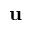
\mathbf { u }